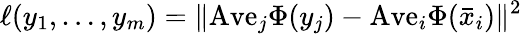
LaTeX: \ell(y_{1},\ldots,y_{m})=\| \mathrm{Ave}_{j}\Phi(y_{j})-\mathrm{Ave}_{i}\Phi(\bar{x}_{i})\| ^{2}